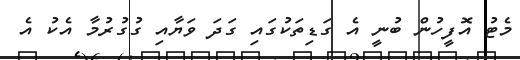
މެޓު އޮފީހުން ބުނީ އެ ގަޑިތަކުގައި ގަދަ ވަޔާއި ގުގުރުމާ އެކު އެ